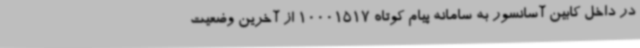
در داخل کابین آسانسور به سامانه پیام کوتاه 10001517 از آخرین وضعیت